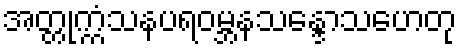
အတ္တုက္ကံသနပရဝမ္ဘနသန္ဒောသဟေတု